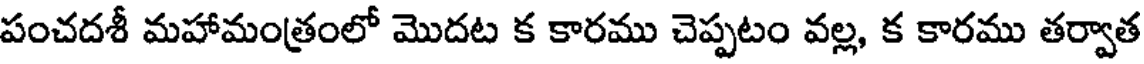
పంచదశీ మహామంత్రంలో మొదట క కారము చెప్పటం వల్ల, క కారము తర్వాత